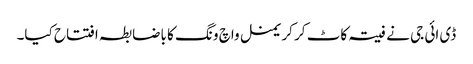
ڈی ائی جی نے فیتہ کاٹ کر کریمنل واچ ونگ کا باضابطہ افتتاح کیا۔